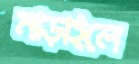
মাড়াইলে